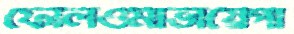
ফেলিওমাভায়েগা